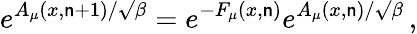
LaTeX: e^{A_{\mu}(x,\mathsf{n}+1)/\surd\beta}=e^{-F_{\mu}(x,\mathsf{n})}e^{A_{\mu}(x,\mathsf{n})/\surd\beta}\, ,